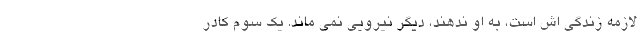
لازمه زندگی اش است، به او ندهند، دیگر نیرویی نمی ماند. یک سوم کادر